Vaccination in Bombay 1869-1873 - 1869-1873
Year: 1869
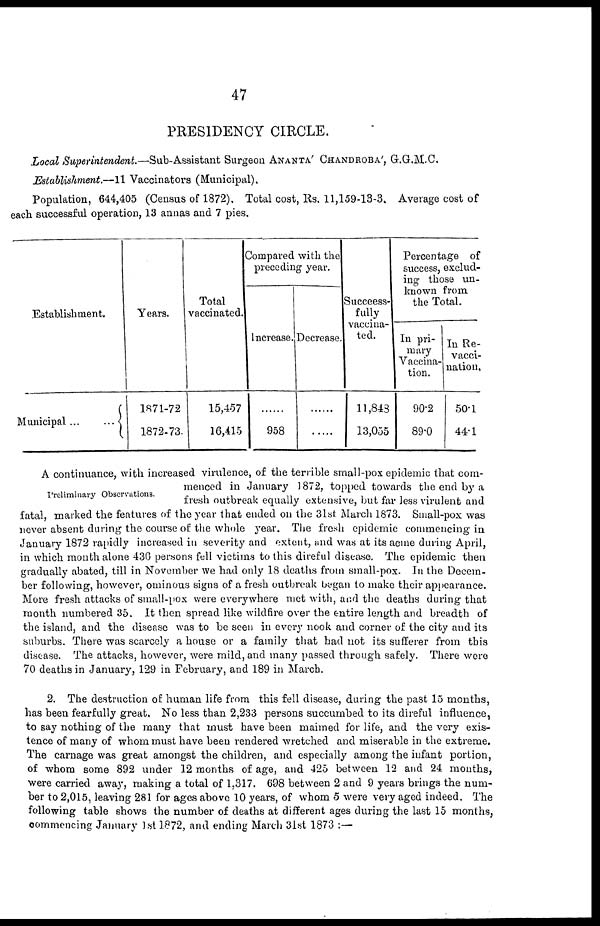
47
PRESIDENCY CIRCLE.
Local Superintendent.—Sub-Assistant Surgeon ANANTA' CHANDROBA' , G.G.M.C.
Establishment.—11 Vaccinators (Municipal).
Population, 644,405 (Census of 1872). Total cost, Rs. 11,159-13-3. Average cost of
each successful operation, 13 annas and 7 pies.
Establishment.
Municipal
Years.
1871-72
1872-73.
Total
vaccinated.
15,457
16,415
Compared with the
preceding year.
Increase.
......
958
Decrease.
......
......
Succeess-
fully
vaccina-
ted.
11,843
13,055
Percentage of
success, exclud-
ing those un-
known from
the Total.
In pri-
mary
Vaccina-
tion.
90.2
89.0
In Re-
vacci-
nation,
50.1
44.1
Preliminary Observations.
A continuance, with increased virulence, of the terrible small-pox epidemic that com-
menced in January 1872, topped towards the end by a
fresh outbreak equally extensive, but far less virulent and
fatal, marked the features of the year that ended on the 31st. March 1873. Small-pox was
never absent during the course of the whole year. The fresh epidemic commencing in
January 1872 rapidly increased in severity and extent, and was at its acme during April,
in which month alone 436 persons fell victims to this direful disease. The epidemic then
gradually abated, till in November we had only 18 deaths from small-pox. In the Decem-
ber following, however, ominous signs of a fresh outbreak began to make their appearance.
More fresh attacks of small-pox were everywhere met with, and the deaths during that
month numbered 35. It then spread like wildfire over the entire length and breadth of
the island, and the disease was to be seen in every nook and corner of the city and its
suburbs. There was scarcely a house or a family that had not its sufferer from this
disease. The attacks, however, were mild, and many passed through safely. There were
70 deaths in January, 129 in February, and 189 in March.
2. The destruction of human life from this fell disease, during the past 15 months,
has been fearfully great.No less than 2,233 persons succumbed to its direful influence,
to say nothing of the many that must have been maimed for life, and the very exis-
tence of many of whom must have been rendered wretched and miserable in the extreme.
The carnage was great amongst the children, and especially among the infant portion,
of whom some 892 under 12 months of age, and 425 between 12 and 24 months,
were carried away, making a total of 1,317. 698 between 2 and 9 years brings the num-
ber to 2,015, leaving 281 for ages above 10 years, of whom 5 were very aged indeed. The
following table shows the number of deaths at different ages during the last 15 months,
commencing January 1st 1872, and ending March 31st 1873 :—